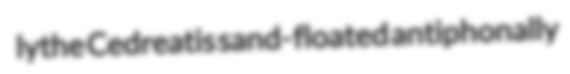
lythe Cedreatis sand-floated antiphonally